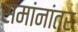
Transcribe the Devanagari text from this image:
समांनांतर